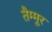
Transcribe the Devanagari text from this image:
तैम्मूर